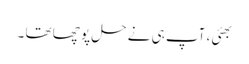
بھئی ، آپ ہی نے حل پو چھا تھا ۔